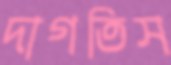
দাগতিস